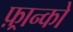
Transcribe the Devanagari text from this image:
फ़्रान्को